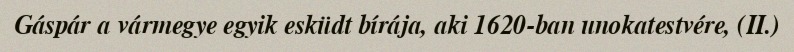
Gáspár a vármegye egyik esküdt bírája, aki 1620-ban unokatestvére, (II.)